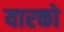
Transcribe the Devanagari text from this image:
यारको